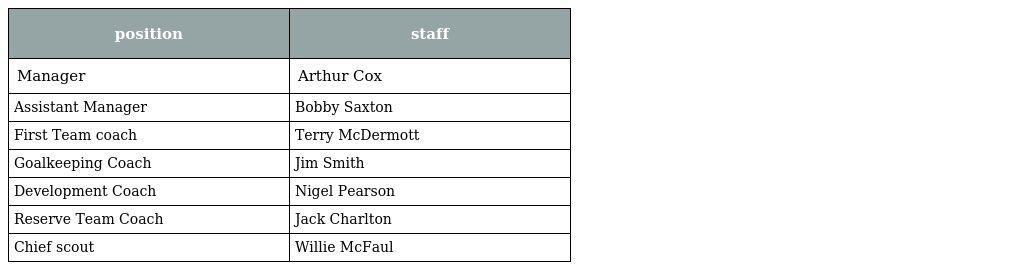
| position | staff |
 | --- | --- |
 | Manager | Arthur Cox |
 | Assistant Manager | Bobby Saxton |
 | First Team coach | Terry McDermott |
 | Goalkeeping Coach | Jim Smith |
 | Development Coach | Nigel Pearson |
 | Reserve Team Coach | Jack Charlton |
 | Chief scout | Willie McFaul |